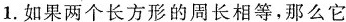
1.如果两个长方形的周长相等，那么它